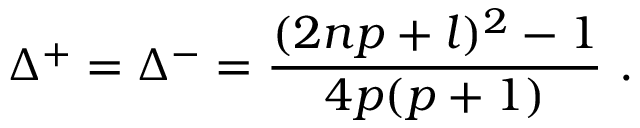
\Delta ^ { + } = \Delta ^ { - } = \displaystyle \frac { ( 2 n p + l ) ^ { 2 } - 1 } { 4 p ( p + 1 ) } \, \, .